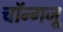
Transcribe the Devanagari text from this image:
चॉन्गजू